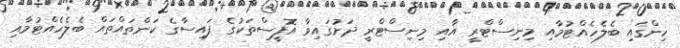
ހިންގައި ބެލެހެއްޓުމާއި މިނިސްޓްރީ އާއި މިނިސްޓްރީ ދަށުގައިވާ އޮފީސްތަކުގެ ފައިސާގެ ކަންތައްތައް ބެލެހެއްޓުމާއި